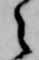
之